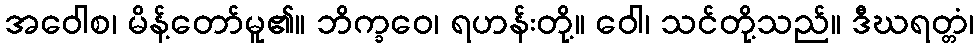
အဝေါစ၊ မိန့်တော်မူ၏။ ဘိက္ခဝေ၊ ရဟန်းတို့။ ဝေါ၊ သင်တို့သည်။ ဒီဃရတ္တံ၊